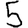
Digit: 5